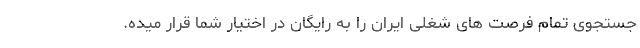
جستجوی تمام فرصت های شغلی ایران را به رایگان در اختیار شما قرار میده.